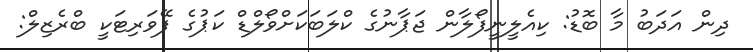
ދިން އަދަބު މާ ބޮޑު: ކިއެލީނީފޯލާން ޖަޕާނުގެ ކްލަބަކަށްވޯލްޑް ކަޕުގެ ފޭވަރިޓަކީ ބްރެޒިލް: